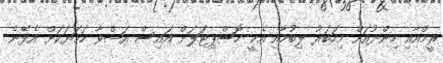
ރީމްއާއި ހިންދުއަށް މިހަބަރު ލިބުމާއި އެކީ ހޮސްޕިޓަލަށް އައިސް އަޝްވާ ހަމަޔަކަށް އެޅޭނެ